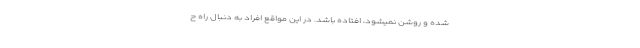
شده و روشن نمیشود، افتاده باشد. در این مواقع افراد به دنبال راه ح